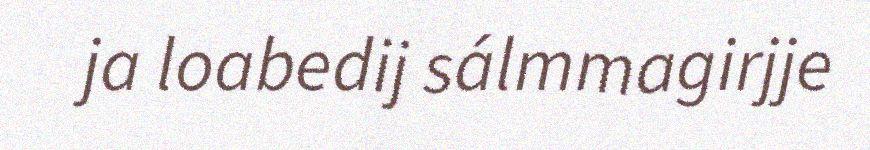
ja loabedij sálmmagirjje